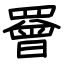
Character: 罾